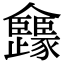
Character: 㒪